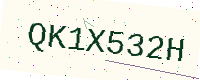
Text: QK1X532H